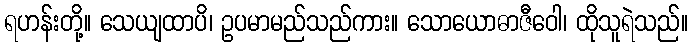
ရဟန်းတို့။ သေယျထာပိ၊ ဥပမာမည်သည်ကား။ သောယောဓာဇီဝေါ၊ ထိုသူရဲသည်။